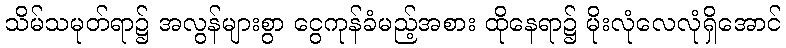
သိမ်သမုတ်ရာ၌ အလွန်များစွာ ငွေကုန်ခံမည့်အစား ထိုနေရာ၌ မိုးလုံလေလုံရှိအောင်